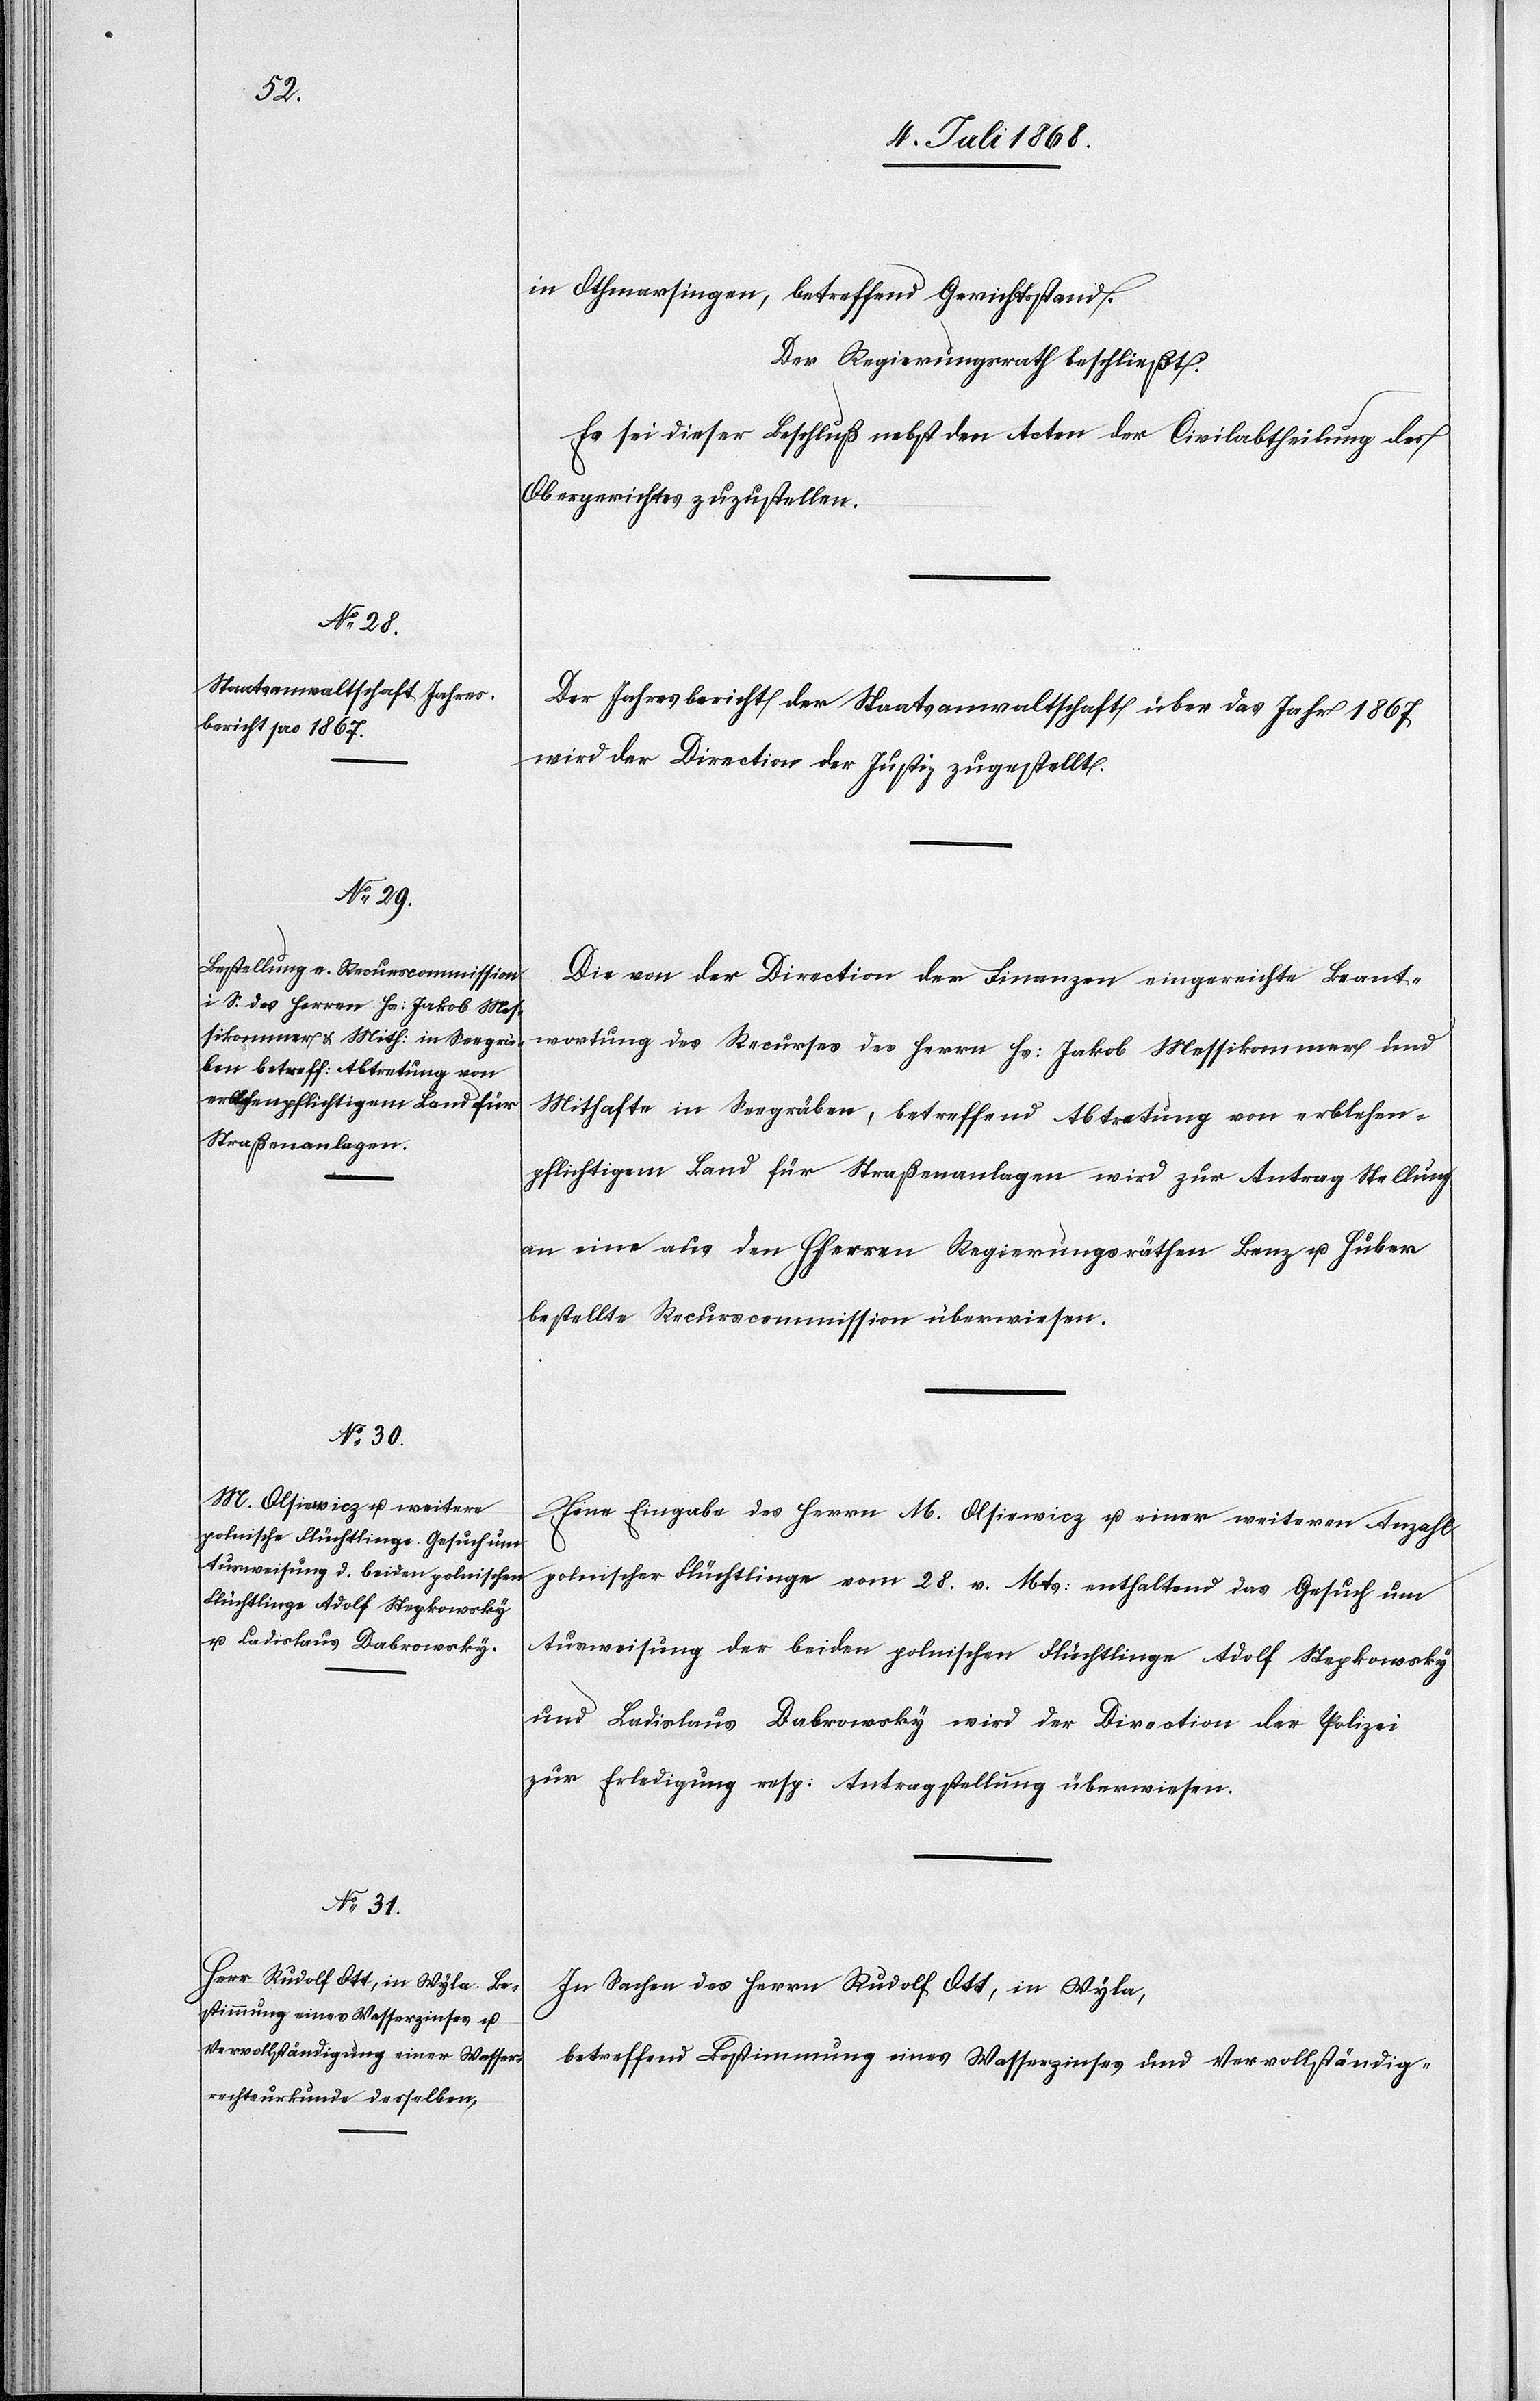
in Othmarsingen, betreffend Gerichtsstand.
Der Regierungsrath beschließt:
Es sei dieser Beschluß nebst den Acten der Civilabtheilung des
Obergerichtes zuzustellen.
Der Jahresbericht der Staatsanwaltschaft über das Jahr 1867
wird der Direction der Justiz zugestellt.
Die von der Direction der Finanzen eingereichte Beant¬
wortung des Recurses des Herrn Hs: Jakob Messikommer und
Mithafte in Seegräben, betreffend Abtretung von erblehen¬
pflichtigem Land für Straßenanlagen wird zur Antrag Stellung
an eine aus den HHerren Regierungsräthen Benz u. Huber
bestellte Recurscommission überwiesen.
Eine Eingabe des Herrn M. Olsiewicz u. einer weiteren Anzahl
polnischer Flüchtlinge vom 28. v. Mts: enthaltend das Gesuch um
Ausweisung der beiden polnischen Flüchtlinge Adolf Stepkowsky
und Ladislaus Dabrowsky wird der Direction der Polizei
zur Erledigung resp: Antragstellung überwiesen.
In Sachen des Herrn Rudolf Ott, in Wyla,
betreffend Bestimmung eines Wasserzinses und Vervollständig-